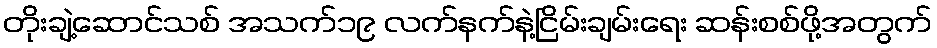
တိုးချဲ့ဆောင်သစ် အသက်၁၉ လက်နက်နဲ့ငြိမ်းချမ်းရေး ဆန်းစစ်ဖို့အတွက်